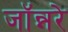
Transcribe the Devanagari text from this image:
जॉन्नरे